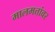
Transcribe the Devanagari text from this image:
मालमत्तांवर